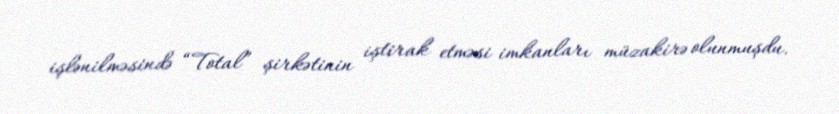
işlənilməsində “Total” şirkətinin iştirak etməsi imkanları müzakirə olunmuşdu.